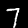
Label: 7